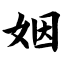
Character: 姻